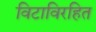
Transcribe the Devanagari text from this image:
विटाविरहित